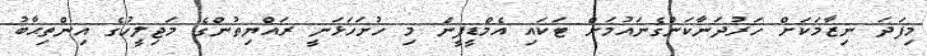
މިފަދަ ނިޒާމަކަށް ހަރުދަނާކަންގެނައުމަށް ޓަކައި އެމްޑީޕީން މި ހުށަހަޅަނީ ރައްޔިތުންގެ މަޖިލީހުގެ އިންތިޙާބު